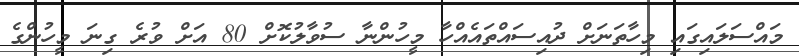
މައްސަލައިގައި މިހާތަނަށް ދުއިސައްތައެއްހާ މީހުންނާ ސުވާލުކޮށް 80 އަށް ވުރެ ގިނަ މީހުންގެ